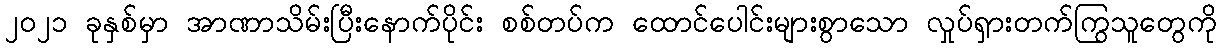
၂၀၂၁ ခုနှစ်မှာ အာဏာသိမ်းပြီးနောက်ပိုင်း စစ်တပ်က ထောင်ပေါင်းများစွာသော လှုပ်ရှားတက်ကြွသူတွေကို